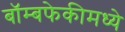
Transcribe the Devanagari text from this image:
बॉम्बफेकीमध्ये